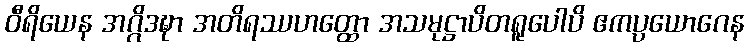
ဝီရိယေန အဂ္ဂိဒဍ္ဎာ အတိရဿဟတ္ထော အသမုဋ္ဌာပိတရူပေါပိ ဧကပ္ပယောဂေန